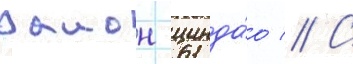
раион цинда́о // С